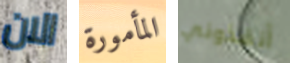
الان المأمورة أنقذوني